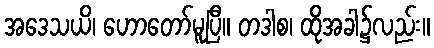
အဒေသယိ၊ ဟောတော်မူပြီ။ တဒါစ၊ ထိုအခါ၌လည်း။